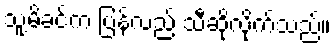
သူ့မိခင်က ပြန်လည် သီဆိုလိုက်သည်။